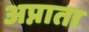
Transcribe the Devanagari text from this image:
अप्नाता